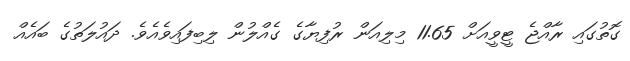
ގޮތުގައި ރާއްޖެ ޓީވީއަށް 11.65 މިލިއަން ރުފިޔާގެ ގެއްލުން ލިބިފައިވެއެވެ. ދައުލަތުގެ ބައެއް